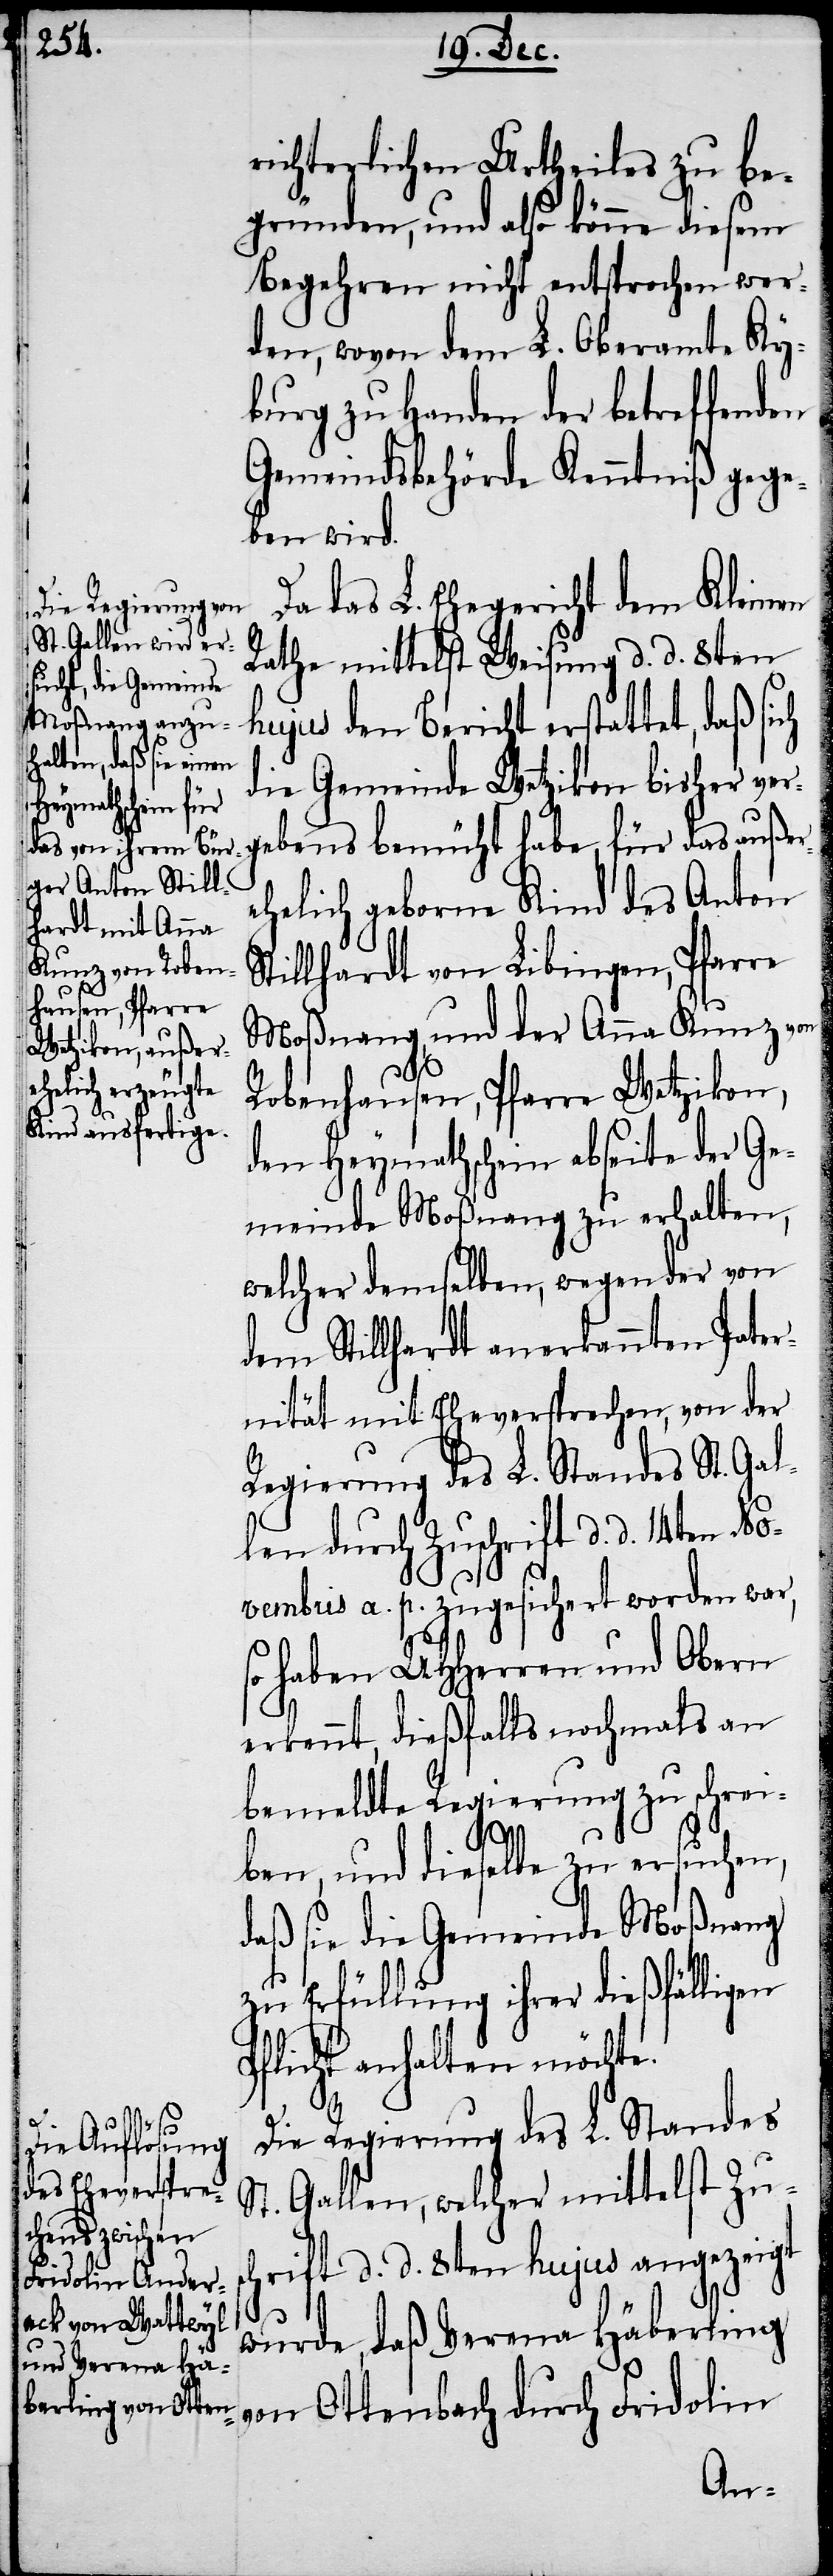
richterlichen Urtheiles zu be¬
gründen, und also könne diesem
Begehren nicht entsprochen wer¬
den, wovon dem L. Oberamte Ky¬
burg zu Handen der betreffenden
Gemeindsbehörde Kenntniß gege¬
ben wird.
Da das L. Ehegericht dem Kleinen
Rathe mittelst Weisung d. d. 8ten
hujus den Bericht erstattet, daß si¬
die Gemeinde Wetzikon bisher ver¬
gebens bemüht habe, für das außer¬
ehelich geborne Kind des Anton
tillhardt von Libingen, Pfarre
Moßnang, und der Anna Kunz von
Robenhausen, Pfarre Wetzikon,
den Heymathschein abseite der Ge¬
meinde Moßnang zu erhalten,
welcher demselben, wegen der von
dem Stillhardt anerkannten Pater¬
nität mit Eheversprechen, von der
Regierung des L. Standes St. Gal¬
len durch Zuschrift d. d. 14ten No¬
vembris a. p. zugesichert worden war,
so haben UHHerren und Obern
erkennt, dießfalls nochmals an
bemeldte Regierung zu schrei¬
sc¬
ben, und dieselbe zu ersuchen,
daß sie die Gemeinde Moßnang
zu Erfüllung ihrer dießfälligen
Pflicht anhalten möchte.
Die Regierung des L. Standes
St. Gallen, welcher mittelst Zu¬
hrift d. d. 8ten hujus angezeigt
wurde, daß Verena Häberling
von Ottenbach durch Fridolin